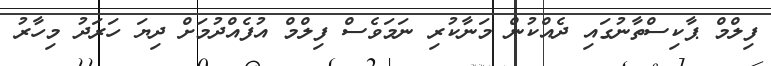
ފިލްމް ޕާކިސްތާނުގައި ދެއްކުން މަނާކުރި ނަމަވެސް ފިލްމް އުފެއްދުމަށް ދިޔަ ހަރަދު މިހާރު